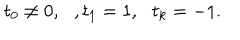
t _ { 0 } \neq 0 , \, \, \, \, , t _ { 1 } = 1 , \, \, \, \, t _ { k } = - 1 .